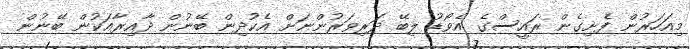
މިއަހަރުން ފެށިގެން ރައީސްގެ އެވޯޑު ލިބޭ ދަރިވަރުންނަށް އެކުދިން ބޭނުން ދާއިރާއަކުން ބޭނުން